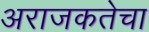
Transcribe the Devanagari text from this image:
अराजकतेचा